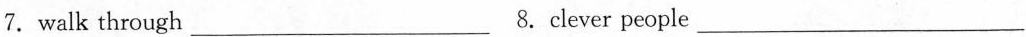
7.walk through___ 8.clever people___